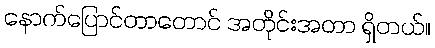
နောက်ပြောင်တာတောင် အတိုင်းအတာ ရှိတယ်။